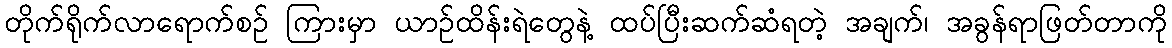
တိုက်ရိုက်လာရောက်စဉ် ကြားမှာ ယာဉ်ထိန်းရဲတွေနဲ့ ထပ်ပြီးဆက်ဆံရတဲ့ အချက်၊ အခွန်ရာဖြတ်တာကို